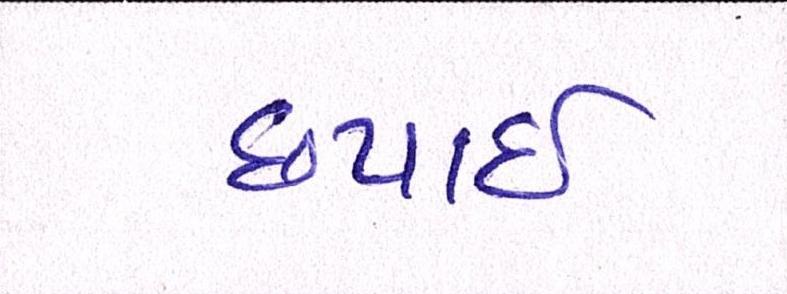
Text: છપાઈ